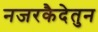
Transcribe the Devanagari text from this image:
नजरकैदेतुन